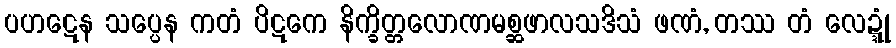
ပဟဋေန သပ္ပေန ကတံ ပိဋကေ နိက္ခိတ္တလောဏမစ္ဆဖာလသဒိသံ ဖဏံ, တဿ တံ လေဍ္ဍုံ